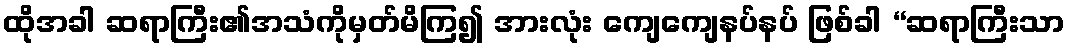
ထိုအခါ ဆရာကြီး၏အသံကိုမှတ်မိကြ၍ အားလုံး ကျေကျေနပ်နပ် ဖြစ်ခါ “ဆရာကြီးသာ